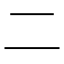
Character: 二